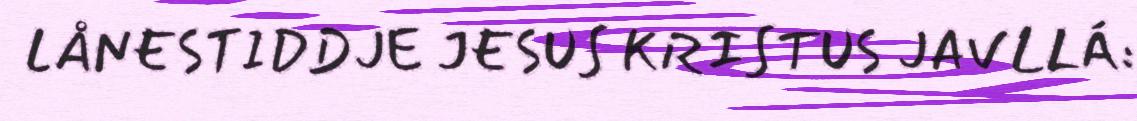
LÅNESTIDDJE JESUS KRISTUS JAVLLÁ: